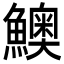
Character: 𩼈